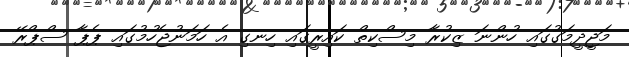
މަޖީދީމަގުގައި ހުންނަ ޒިކުރާ މިސްކިތް ކައިރީގައި ހިނގި އެ ހަމަނުޖެހުމުގައި ޕެޕާ ސްޕްރޭ